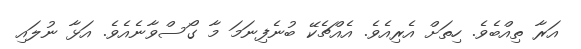
އަރާ ތިއްބެވެ. ހިތަށް އެރިއެވެ. އެއްޗެކޭ ބުނެފިނަމަ މާ ގޯސްވާނެއެވެ. އަޅާ ނުލައި